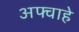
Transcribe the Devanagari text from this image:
अफ्वाहे